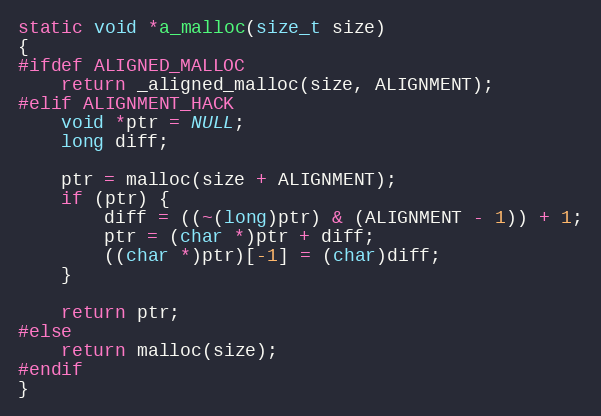
Language: C
static void *a_malloc(size_t size)
{
#ifdef ALIGNED_MALLOC
	return _aligned_malloc(size, ALIGNMENT);
#elif ALIGNMENT_HACK
	void *ptr = NULL;
	long diff;

	ptr = malloc(size + ALIGNMENT);
	if (ptr) {
		diff = ((~(long)ptr) & (ALIGNMENT - 1)) + 1;
		ptr = (char *)ptr + diff;
		((char *)ptr)[-1] = (char)diff;
	}

	return ptr;
#else
	return malloc(size);
#endif
}